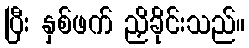
ပြီး နှစ်ဖက် ညှိခိုင်းသည်။